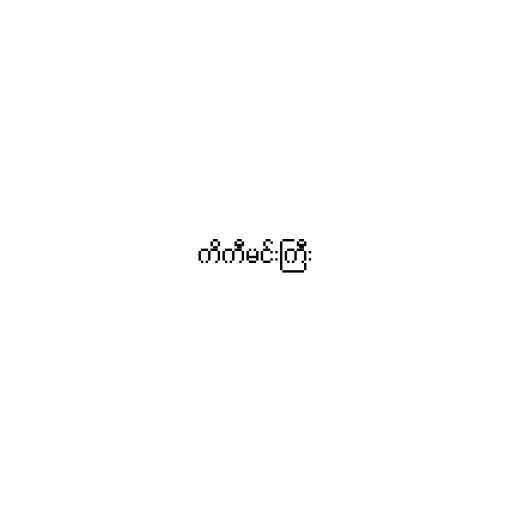
ကိကီမင်းကြီး